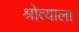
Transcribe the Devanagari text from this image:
श्रोत्याला